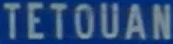
TETOUAN